Palivere_vallavalitsus, lk 6
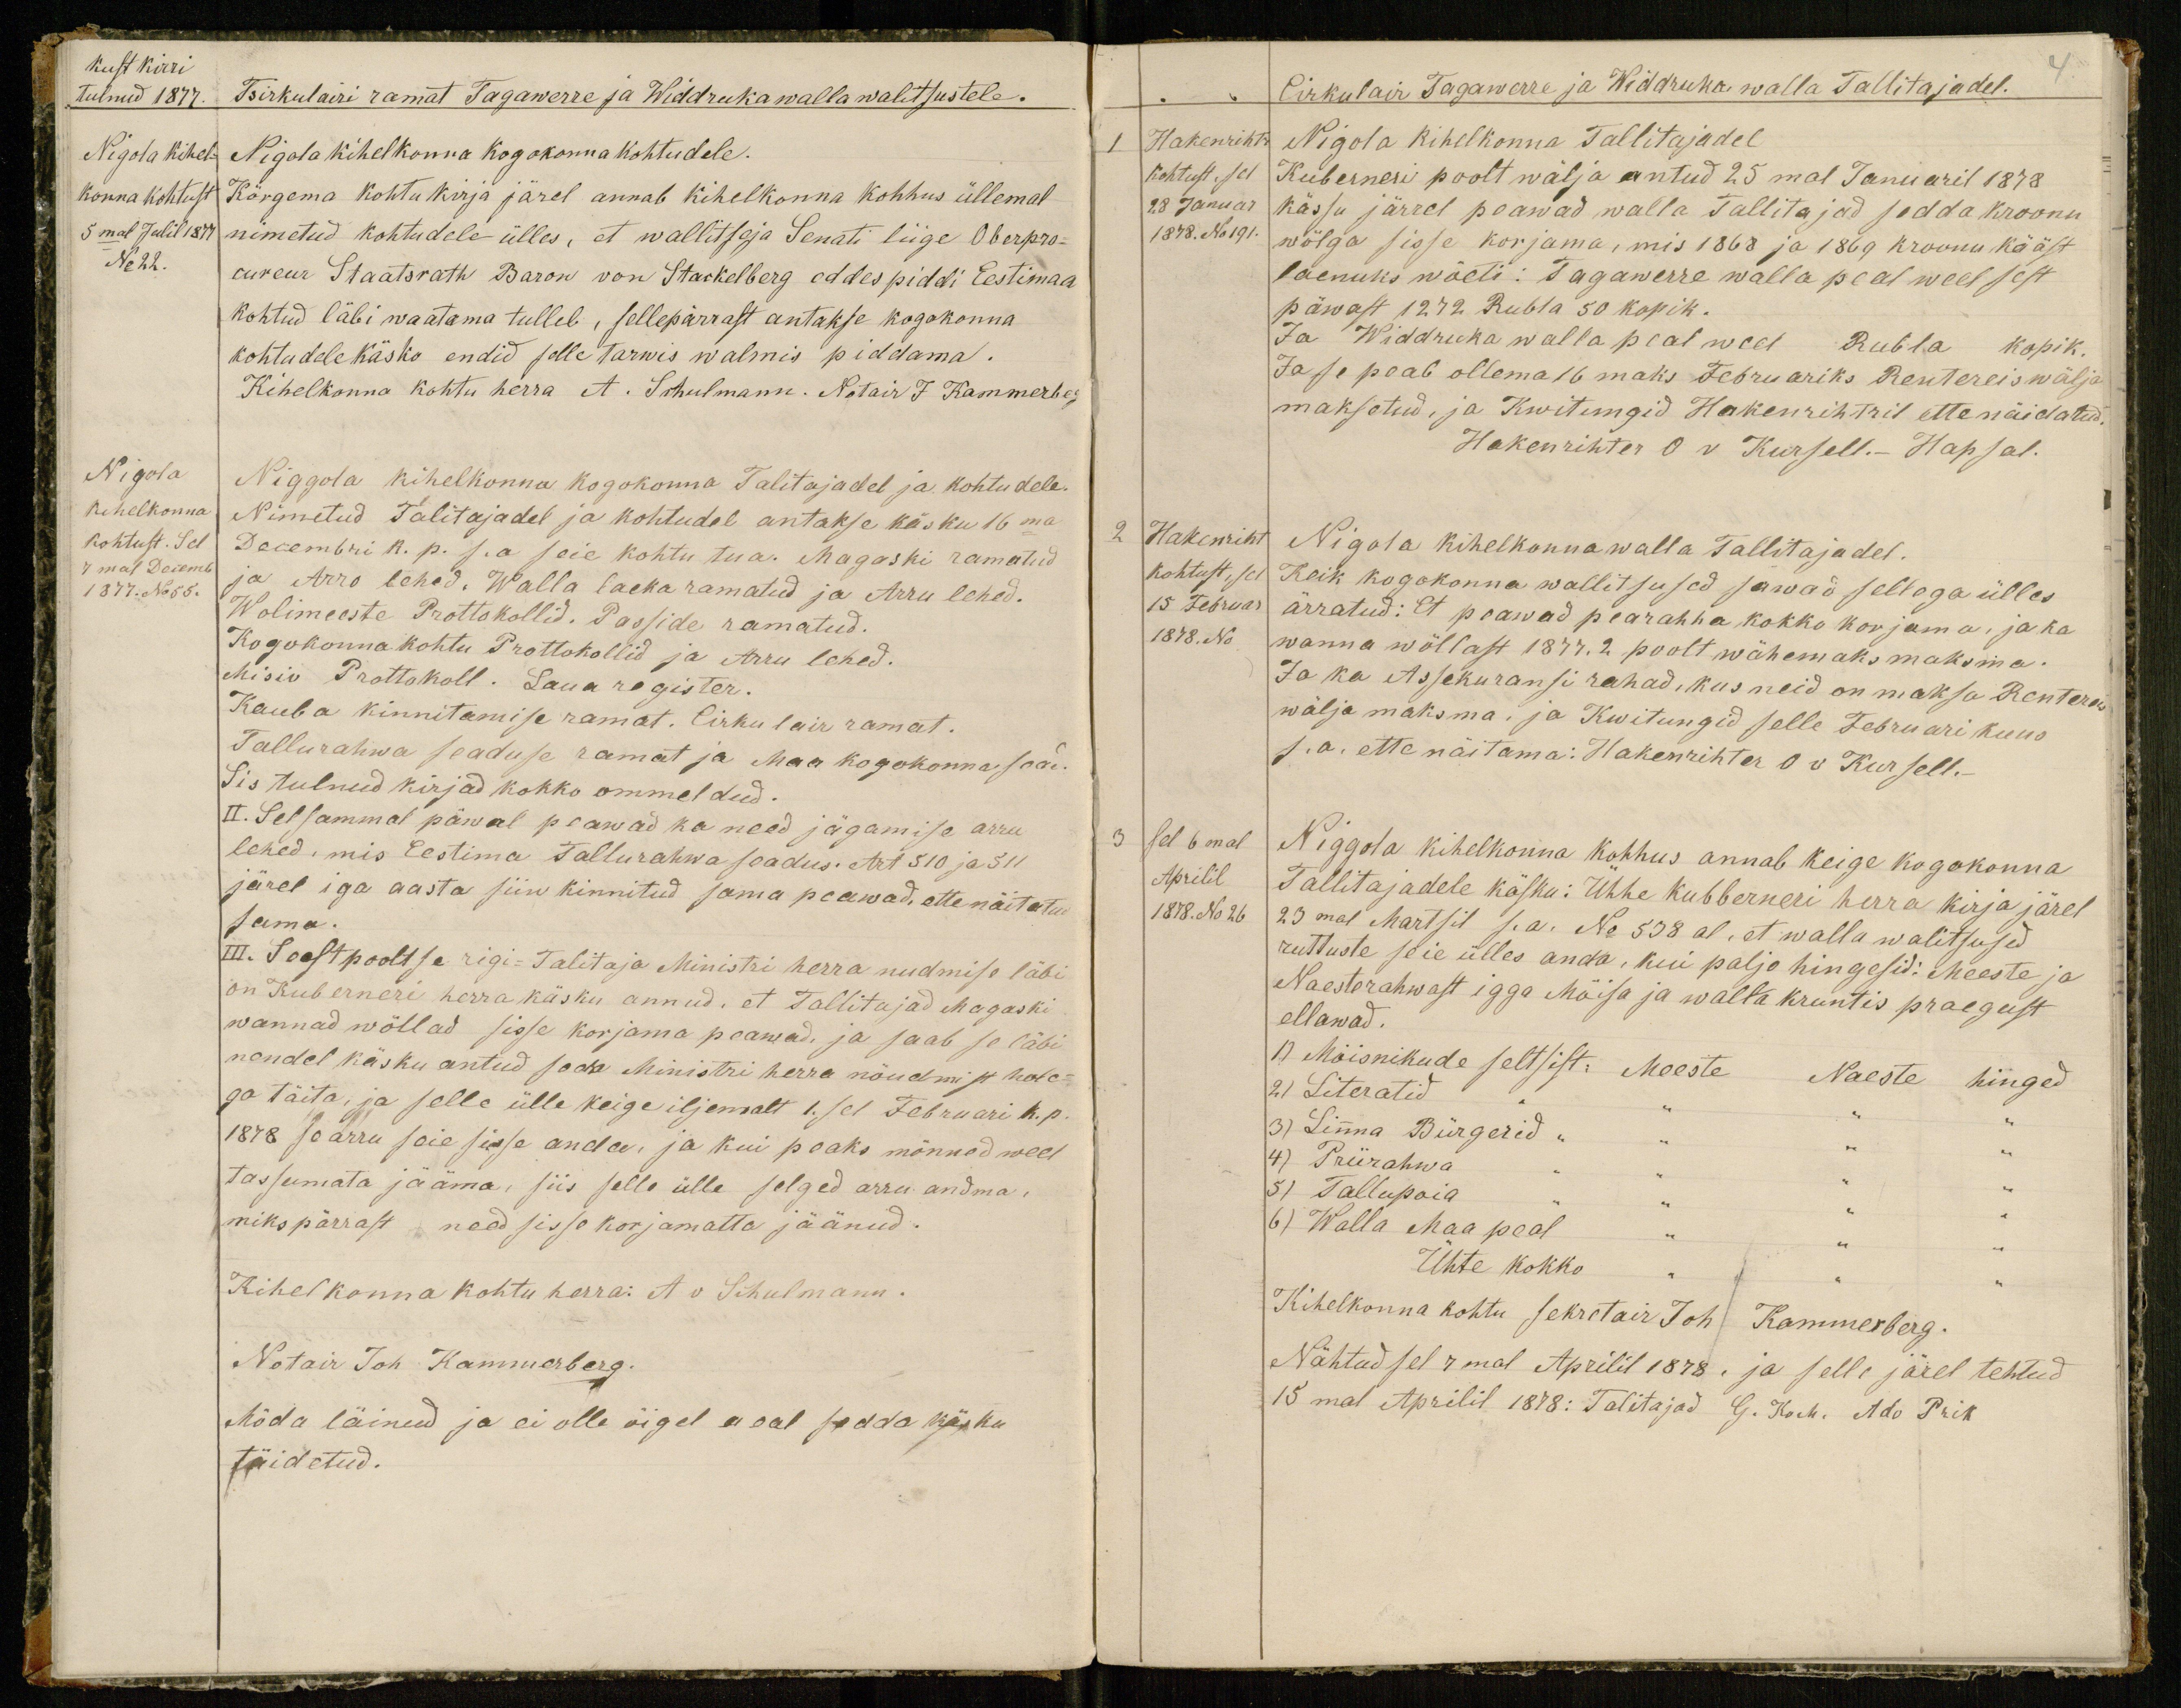
kust kirri
tulnud 1877.
Tsirkulairi ramat Tagawerre ja Widdruka walla walitsustele.
Nigola kihel-
konna kohtust
5mal Julil 1877.
No 22.
Nigola kihelkonna kogokonna kohtudele.
Körgema kohtu kirja järel annab kihelkonna kohhus üllemal
nimetud kohtudele ülles, et wallitseja Senati liige Oberpro-
cureur Staatsrath Baron von Stackelberg eddespiddi Eestimaa
kohtud läbi waatama tulleb, sellepärrast antakse kogokonna
kohtudele käsko endid selle tarwis walmis piddama.
Kihelkonna kohtu herra A. Schulmann. Notair J Kammerberg
Nigola
Kihelkonna
kohtust. Sel
7 mal Decemb
1877 No 55.
Niggola kihelkonna kogokonna Talitajadel ja kohtudele.
Nimetud Talitajadel ja kohtudel antakse käsku 16ma
Decembri k. p. s. a seie kohtu tua. Magaski ramatud
ja Arro lehed. Walla laeka ramatud ja Arru lehed.
Wolimeeste Protokollid. Passide ramatud.
Kogokonna kohtu Protokollid ja Arru lehed.
Mision Prottokoll. Laua register.
Kauba kinnitamise ramat. Cirkulair ramat,
Tallurahwa seaduse ramat ja Maa kogokonna saad.
Sis tulnud kirjad kokko ommeldud.
II. Selsammal päwal peawad ka need jägamise arru
lehed, mis Eestima Tallurahwa seadus. Art 510 ja 511
järel iga aasta siin kinnitud sama peawad, ettenäitatud
sama.
III. Seestpooltse rigi-Talitaja Ministri herra nudmise läbi
on Kuberneri herra käsku annud, et Tallitajad Magaski
wannad wöllad sisse korjama peawad, ja saab se läbi
nendel käsku antud seda Ministri herra nõudmist hole-
ga täita, ja selle ülle keige iljemalt 1.sel Februari k.p.
1878 se arru seie sisse anda, ja kui peaks mõnned weel
tassumata jääma, siis selle ülle selged arru andma,
miks pärrast need sisse korjamatta jäänud.
Kihelkonna kohtu herra: A v Schulmann.
Notair Joh Kammerberg.
Möda läinud ja ei olle õigel aeal sedda käsku
täidetud.

4.
Pirkulain Tagawerre ja Widdruha walla Tallitajadel.
1 Hakenriht
Kohtust sel
18.Januar
1878. No 1951.
Nigola kihelkonna Tallitajadel
Kuberneri poolt wälja antud 25mal Januaril 1878
Kässu järrel peawad walla Tallitajad sedda kroonu
wölga sisse korjama, mis 1868 ja 1869 kroonu kääst
laenuks wöeti: Tagawerre walla peal weel sest
päwast 1272 Rubla 50 kopik.
Ja Widdruka walla peal weel Rubla kopik.
Ja se peab ollema 16maks Februariks Rentereis wälja
maksetud, ja Kwitungid Hakenrihtril ettenäidatud.
Hakenrihter O v Kursell.- Hapsal.
Hakemiht
kohtust, sel
15 Februar
1878. No
Nigola kihelkonna walla Tallitajadel.
Keik kogokonna wallitsused sawad sellega ülles
ärratud: Et peawad pearahha kokko korjama, ja ka
wanna wöllast 1877. 2 poolt wähemaks maksma.
Ja ka Assekuransi rahad, kus neid on makso Rentere
wälja maksma, ja Kwitungid selle Februari kuus
s. a. ette näitama: Hakenrihter O v Kursell.-
3 sel 6mal
Aprilil
1878. No 26
Niggola kihelkonna kohhus annab keige kogokonna
Tallitajadele käsku: Ühhe kubberneri herra kirja järel
23mal Märtsil s. a. No 538 al. et walla walitsused
ruttuste seie ülles anda, kui paljo hingesid: Meeste ja
Naesterahwast igga Mõisa ja walla kruntis praegust
ellawad.
1) Mõisnikude seltsist: Meeste Naeste hinged
2) Literatid: " "
3) Linna Bürgerid " " "
4) Priirahwa - " "
5) Tallupoia
6) Walla Maa peal " " "
Ühte kokko " " "
Kihelkonna kohtu sekretair Joh. Kammerberg.
Nähtud sel 7mal Aprilil 1878. ja selle järel tehtud
15mal Aprilil 1878: Talitajad G. Koch. Ado Prik